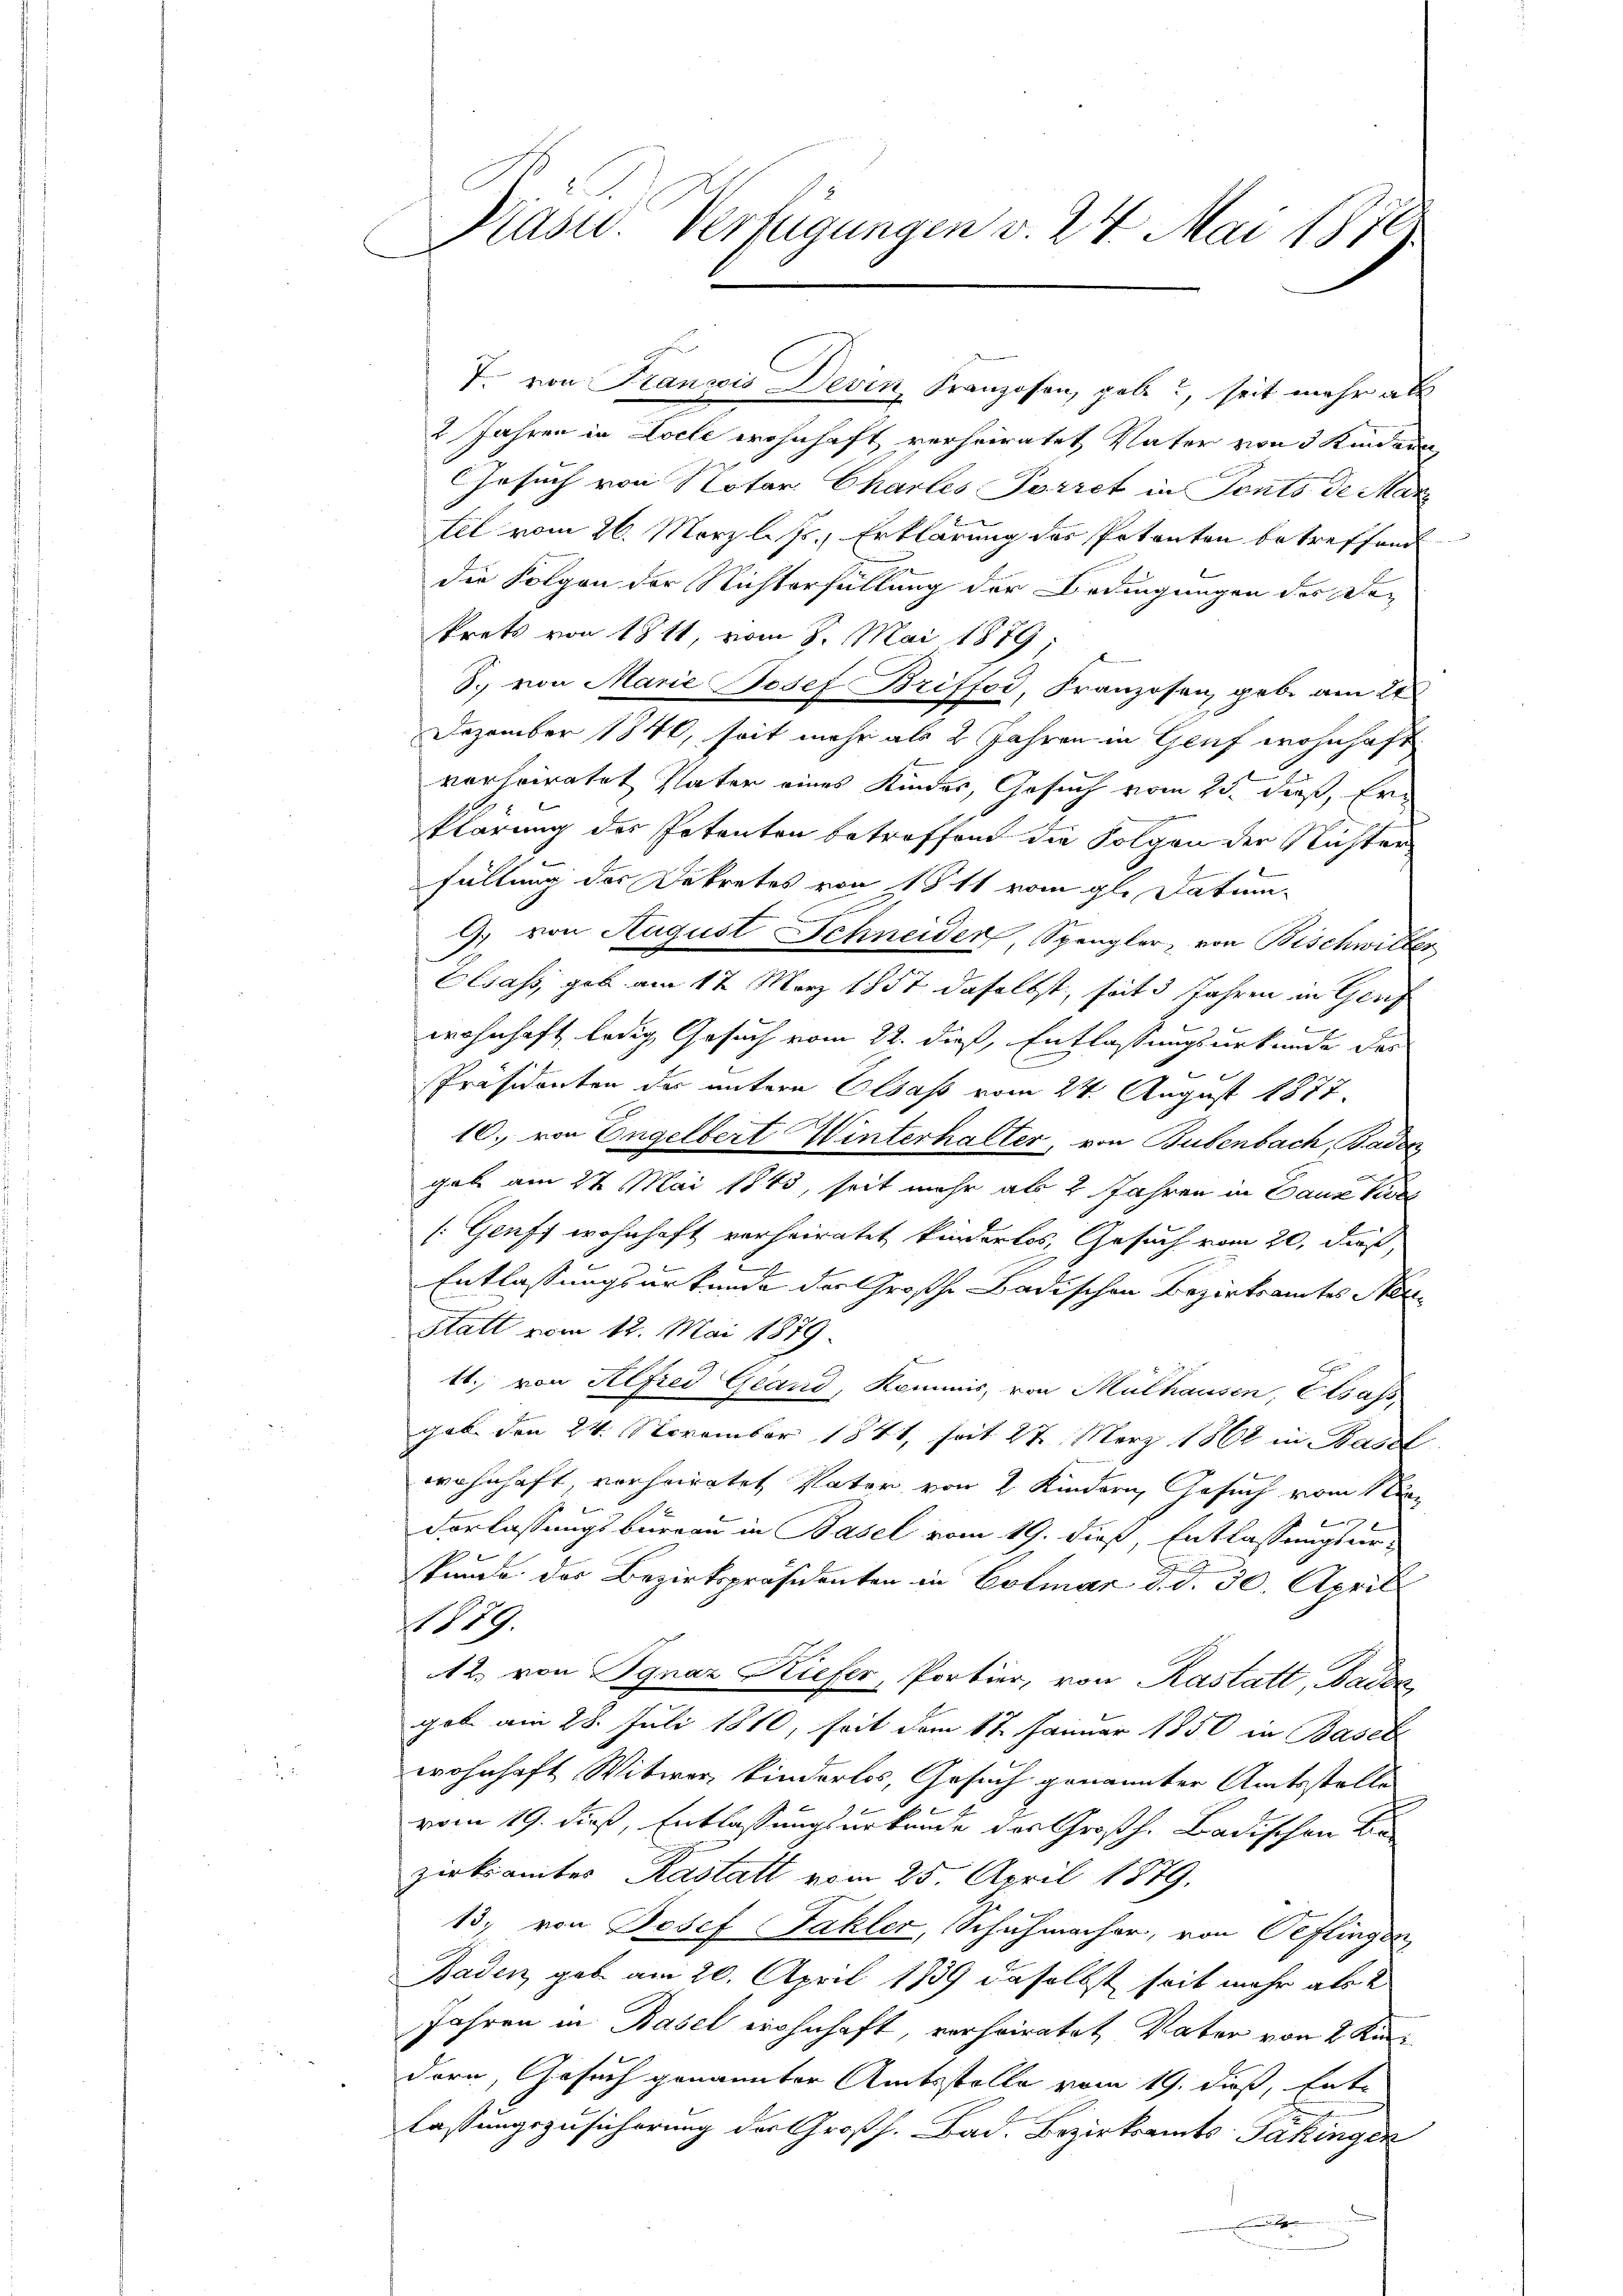
Kaser Verfügungen v. 24. Mai 1879

2 Jahren in Loele wohnhaft, verheiratet Vater von 3 Kindern
Gesuch von Notar Charles Portet in Ponts de Mar
Ell vom 26. März l. Js., Erklärung des Petenton betreffend
die Folgen der Nichterfüllung der Bedingungen des De-
krets von 1811, vom 8. Mai 1879;
S. von Marie Josef Briffoi, Franzosen, gebe am 22ten
Dezember 1840, seit mehr als 2 Jahren in Genf wohnhaft
verheiratet Vater eines Kinder, Gesuch vom 25. dieß, Ern
klärung des Petenten betreffend die Folgen der Nichter
.
füllung des Dekretes von 1841 vom gl. Datum
G. von August Schneider, Spengler, von Bischwiller
Elsass, geb. am 17. März 1857 daselbst, seit 3 Jahren in Genf
wohnhaft ledig Gesuch vom 22. dieß, Entlassungsurkunde des
Präsidenten der untere Elsass vom 24. August 1877.
10., von Engelbert Winterhalter, von Bubenbach, Baden
gab am 22 Mai 1843, seit mehr als 2 Jahren in Daus Vers
1. Genff wohnhaft verheiratet kinderlos, Gesuch vom 20. dieß,
h
Entlassungsurkunde der Großh. Badischen Bezirksamtes Ster¬
Statt vom 12. Mai 1879.
11. von Alfred Grand, Kommis, von Mülhausen, Elsass
gab den 24. November 1841, seit 27. März 1862 in Basel
wohnhaft vorheiratet Pater von 2 Kindern Gesuch vom 1
g
Vorlassungsbureau in Basel vom 19. dieß, Entlassungsurkunde. Der Bezirkspräsidenten in Colmar d. d. 30. April
19.
A12. von Ignaz Kiefer, Portier, von Rastatt, Baden
gob am 28. Juli 1810, seit dem 17. Januar 1850 in Basel
wohnhaft Witwer kinderlos, Gesuch genannter Amtsstelle
vom 19. dieß, Entlassungsurkunde des Großh. Badischen Be
zirksamtes Kastatt vom 25. April 1879.
13; von Josef Fakler, Schuhmacher, von Peflingen
Baden gabe am 20. April 1839 daselbst seit mehr als 2
Jahren in Basel wohnhaft, verheiratet, Vater von 2 Kin¬
Dorn, Gesuch genannter Amtsstelle vom 19. dieß, hat
fassungszusicherung der Großh. Bad. Bezirksamts Sakinger
r

7. von Franzis Devin, Franzosen, gebe?, seit mehr als